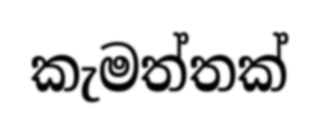
කැමත්තක්